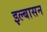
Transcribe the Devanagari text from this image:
इल्बासन